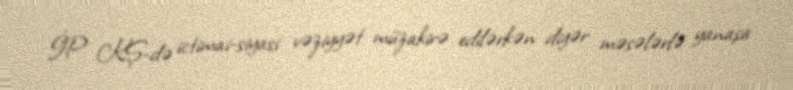
İP KŞ-də ictimai-siyasi vəziyyət müzakirə edilərkən digər məsələrlə yanaşa